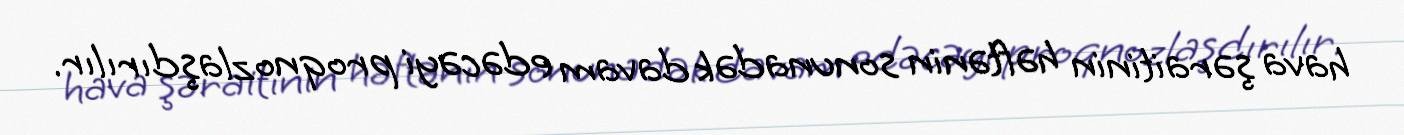
hava şəraitinin həftənin sonunadək davam edəcəyi proqnozlaşdırılır.